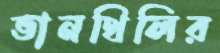
ভানথিলির